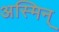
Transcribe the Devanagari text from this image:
अस्मिन्‌